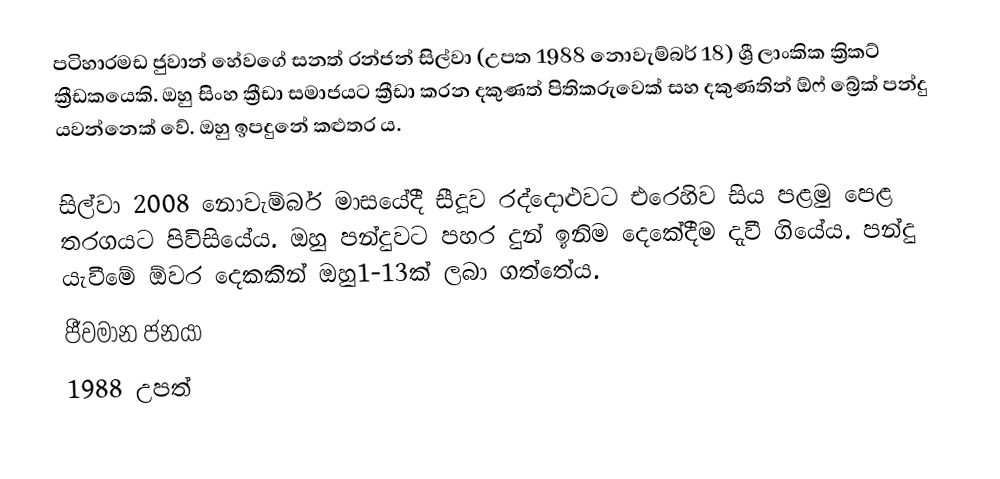
පටිහාරමඩ ජුවාන් හේවගේ සනත් රන්ජන් සිල්වා (උපත 1988 නොවැම්බර් 18) ශ්‍රී ලාංකික ක්‍රිකට් ක්‍රීඩකයෙකි. ඔහු සිංහ ක්‍රීඩා සමාජයට ක්‍රීඩා කරන දකුණත් පිතිකරුවෙක් සහ දකුණතින් ඕෆ් බ්‍රේක් පන්දු යවන්නෙක් වේ. ඔහු ඉපදුනේ කළුතර ය.

සිල්වා 2008 නොවැම්බර් මාසයේදී සීදූව රද්දොළුවට එරෙහිව සිය පළමු පෙළ තරගයට පිවිසියේය. ඔහු පන්දුවට පහර දුන් ඉනිම දෙකේදීම දැවී ගියේය. පන්දු යැවීමේ ඕවර දෙකකින් ඔහු1-13ක් ලබා ගත්තේය.
ජීවමාන ජනයා
1988 උපත්